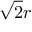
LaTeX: { \sqrt { 2 } } r